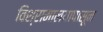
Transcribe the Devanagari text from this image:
विश्रामालयापासून